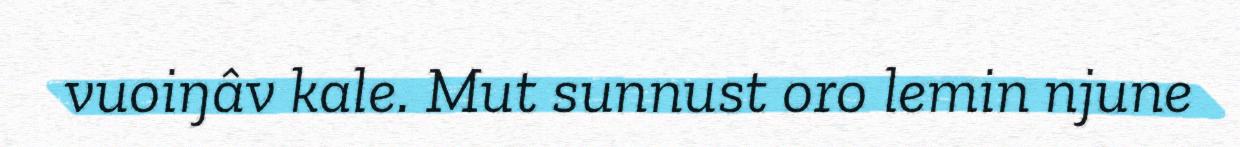
vuoiŋâv kale. Mut sunnust oro lemin njune